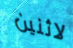
لاثنين